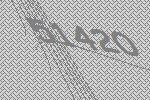
51420